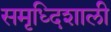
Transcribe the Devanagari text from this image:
समृध्दिशाली